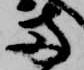
両